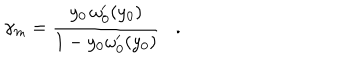
\gamma _ { m } = { \frac { y _ { 0 } \, \omega _ { 0 } ^ { \prime } ( y _ { 0 } ) } { 1 - y _ { 0 } \omega _ { 0 } ^ { \prime } ( y _ { 0 } ) } } .